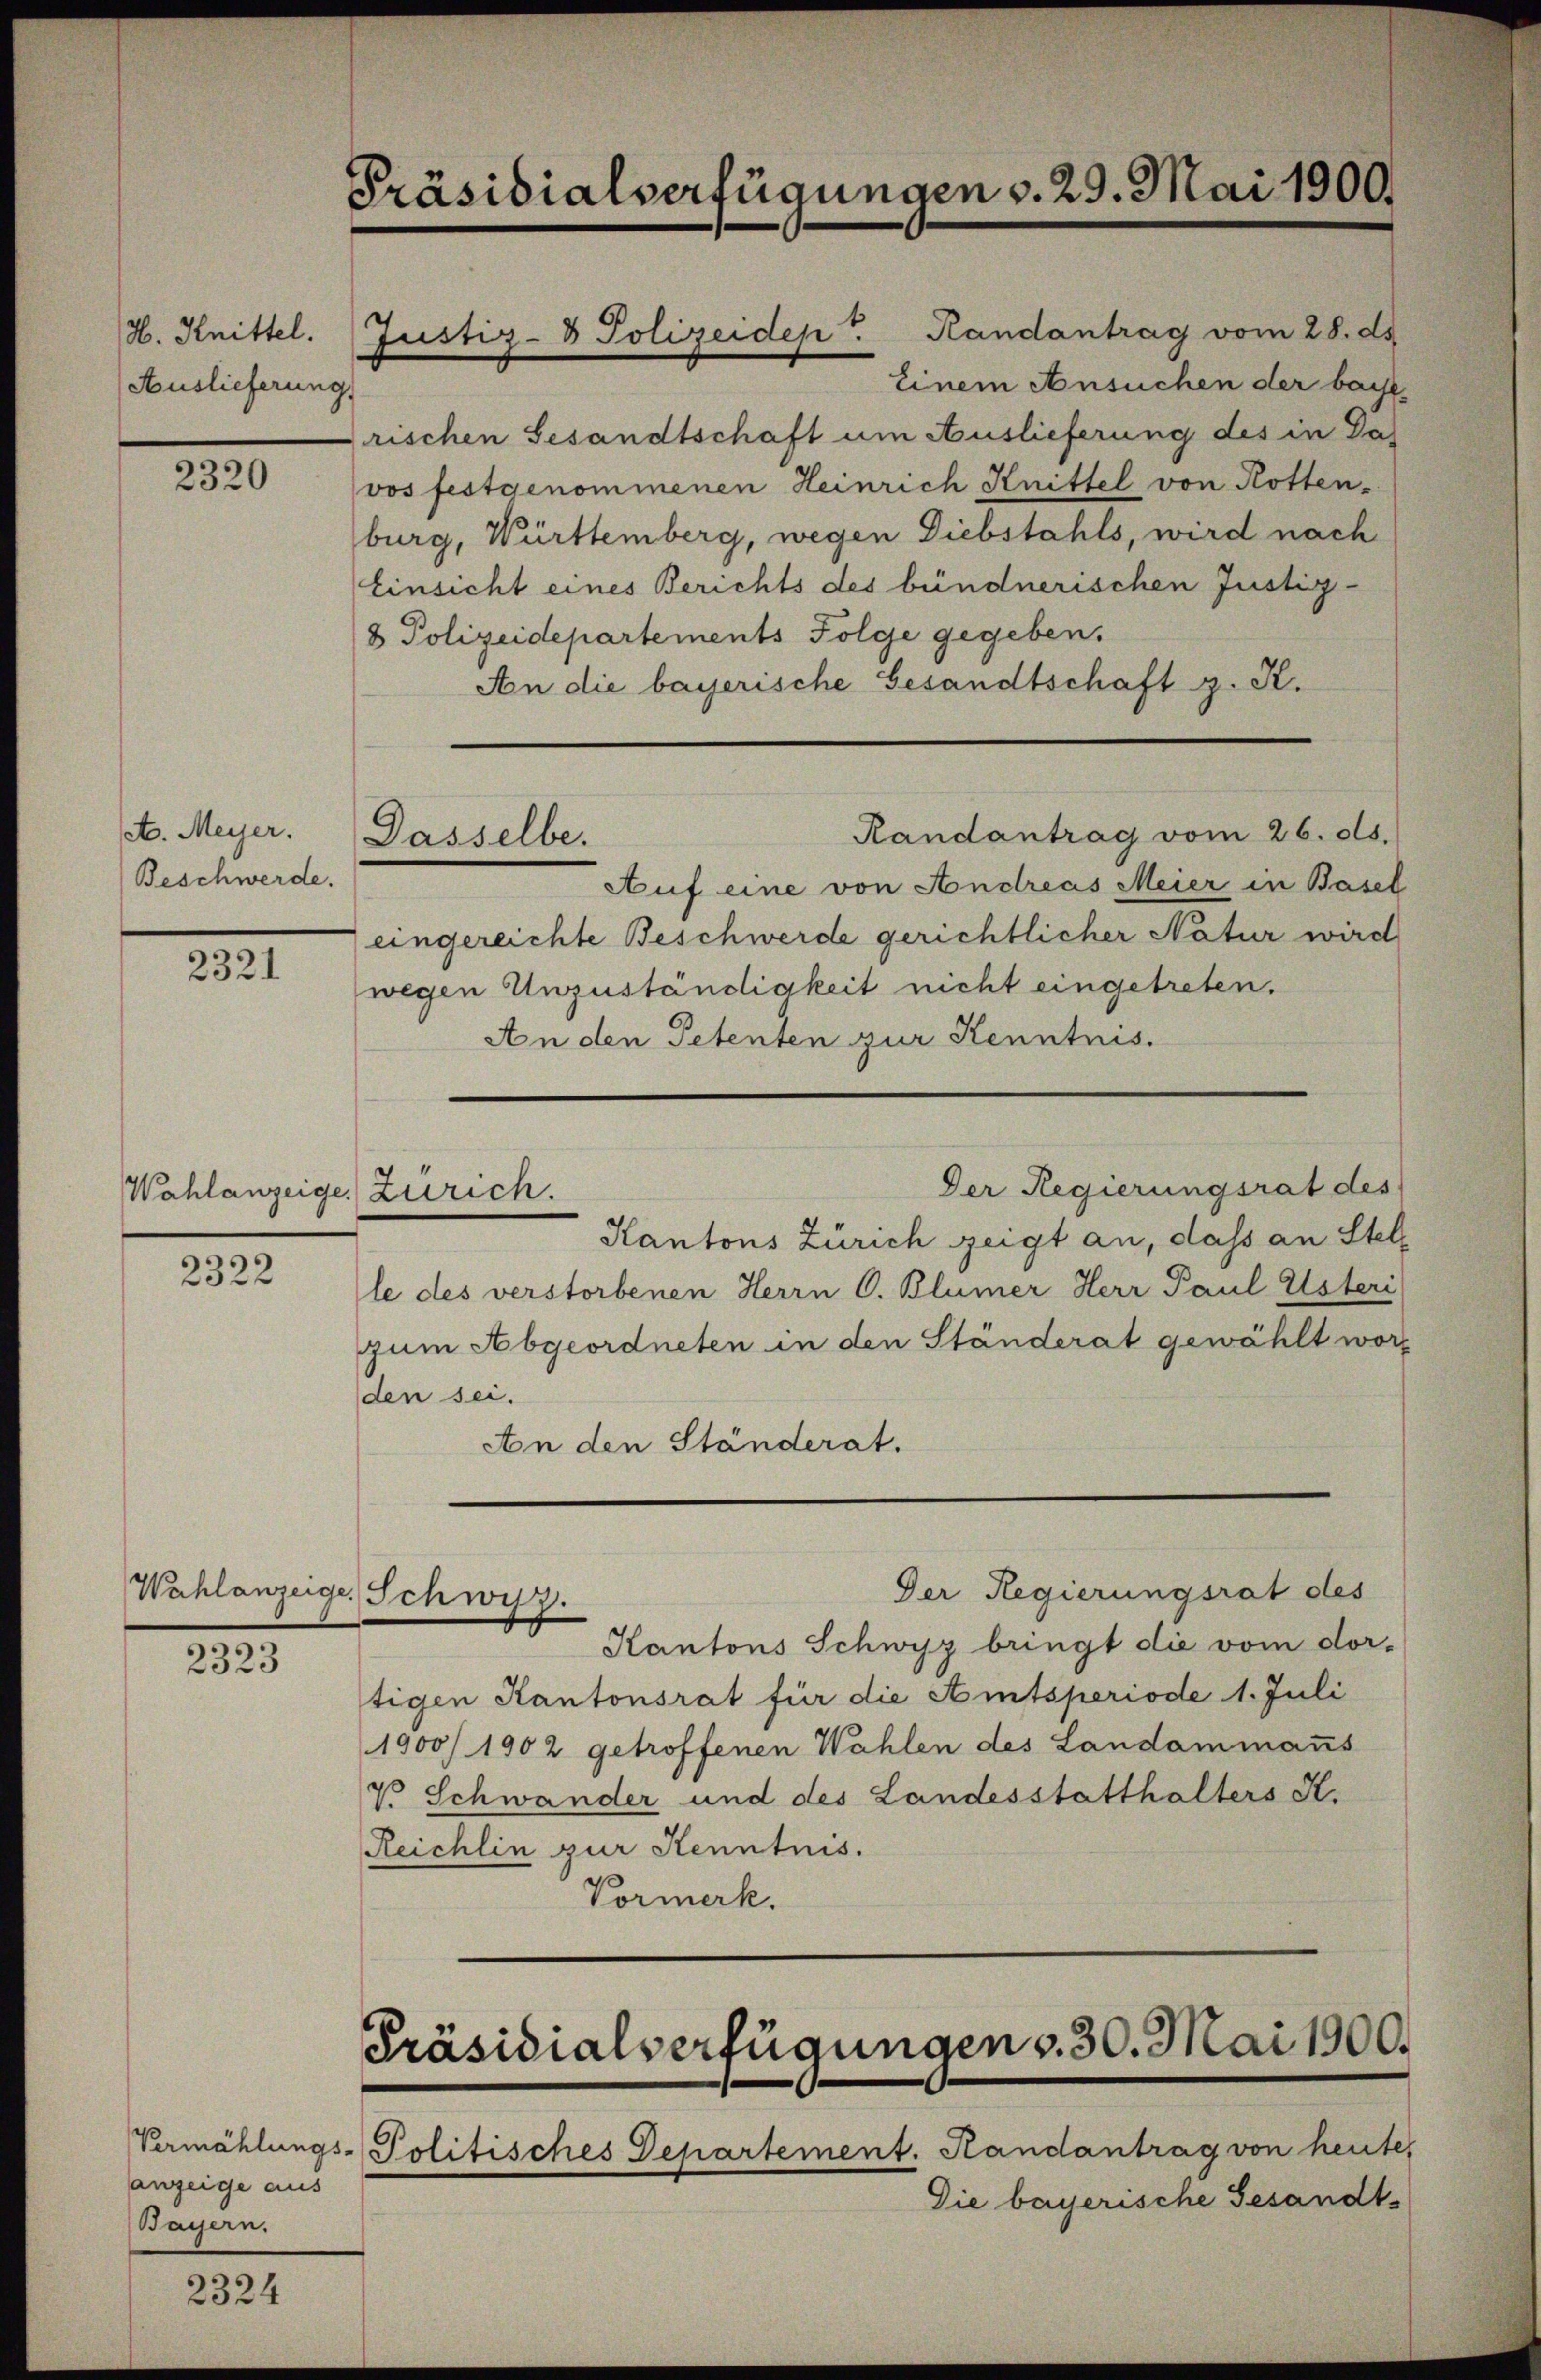
H. Knittel.
Auslieferung

2320

A. Meyer.
Beschwerde.

2321

Wahlanzeige, Zürich.

2322

Wahlanzeige Schwis

2323

anzeige aus
Bayern.

2324

Präsidialverfügungen v. 29. Mai 1900.

Randantrag vom 26. ds.
Dasselbe.

Justiz- & Polizeiden Randantrag vom 28. ds.
rischen Gesandtschaft um Auslieferung des in Davos festgenommenen Heinrich Knittel von Rotten-
burg, Württemberg, wegen Diebstahls, wird nach
Einsicht eines Berichts des bündnerischen Justiz-
8 Polizeidepartements Folge gegeben.
An die bayerische Gesandtschaft z. K.
Auf eine von Andreas Meier in Basel
eingereichte Beschwerde gerichtlicher Natur wird
wegen Unzuständigkeit nicht eingetreten.
An den Petenten zur Kenntnis.
Der Regierungsrat des
Kantons Zürich zeigt an, dass an Stelle des verstorbenen Herrn C. Blümer Herr Paul Usteri
zum Abgeordneten in den Ständerat gewählt worden sei.
An den Ständerat.
Der Regierungsrat des
Kantons Schwyz bringt die vom dor-
tigen Kantonsrat für die Amtsperiode 1. Juli
1900/1902 getroffenen Wahlen des Landammanns
7 Schwander und des Landesstatthalters K.
Reichlin zur Kenntnis.
Vormerk.

Einem Ansuchen der bache,

Vermählungs-Politisches Departement. Handantrag von heute,

Präsidialverfügungen v. 30. Mai 1900.

Die bayerische Gesandts